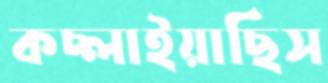
কচ্‌লাইয়াছিস